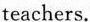
teachers.